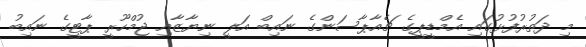
މި ދަތުރުފުޅުގައި އެމްޑީޕީގެ ޗެއާޕާސަންގެ ނައިބް އަލީ ނިޔާޒާއި ޖުމްހޫރީ ޕާޓީގެ ނައިބު